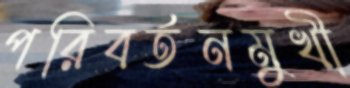
পরিবর্তনমুখী